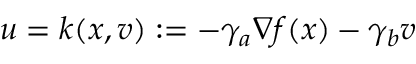
u = k ( x , v ) : = - \gamma _ { a } \nabla f ( x ) - \gamma _ { b } v